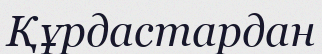
Құрдастардан